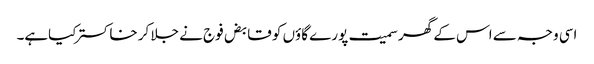
اسی وجہ سے اس کے گھر سمیت پورے گاؤں کو قابض فوج نے جلا کر خاکستر کیاہے۔